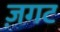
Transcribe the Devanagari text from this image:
ज़गट